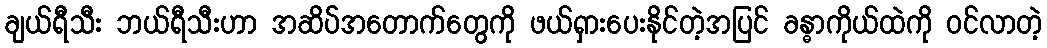
ချယ်ရီသီး ဘယ်ရီသီးဟာ အဆိပ်အတောက်တွေကို ဖယ်ရှားပေးနိုင်တဲ့အပြင် ခန္ဓာကိုယ်ထဲကို ဝင်လာတဲ့